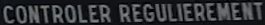
CONTROLER REGULIEREMENT